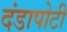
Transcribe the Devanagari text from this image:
दंडापोटी